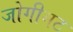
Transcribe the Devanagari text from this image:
जोगीमठ